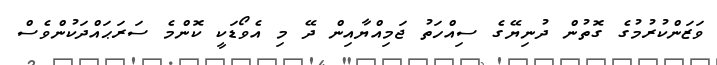
ވަޒަންކުރުމުގެ ގޮތުން ދުނިޔޭގެ ސިއްހަތު ޖަމިއްޔާއިން ދޭ މި އެވޯޑަކީ ކޮންމެ ސަރަޙައްދަކުންވެސް